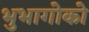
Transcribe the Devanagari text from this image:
भुभागोको